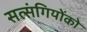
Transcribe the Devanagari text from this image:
सत्‍संगियोंको